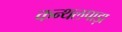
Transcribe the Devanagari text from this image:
कन्थलपाड़ा